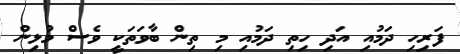
ފަރިހި ދަމުއި އަދި ހިތި ދަމުއި މި ތިން ބާވަތަކީ ވެސް މުޅިން